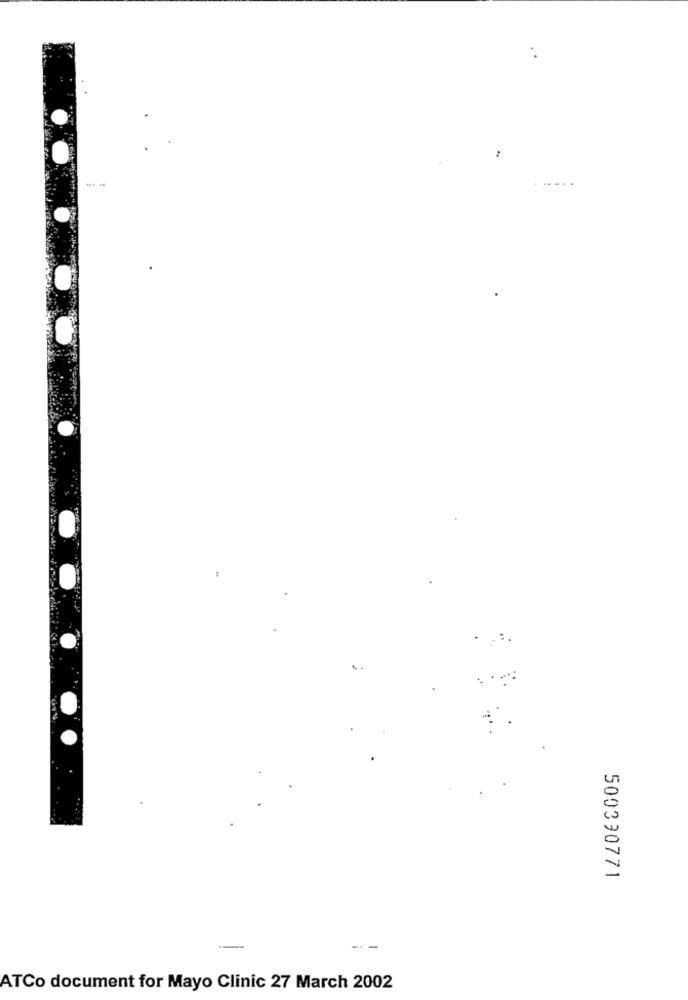
w
0
500390771
--
ATCo document for Mayo Clinic 27 March 2002